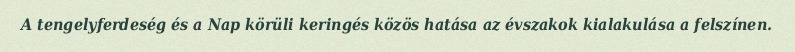
A tengelyferdeség és a Nap körüli keringés közös hatása az évszakok kialakulása a felszínen.